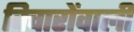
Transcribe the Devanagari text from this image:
विचारोंवाली